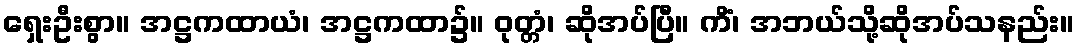
ရှေးဦးစွာ။ အဋ္ဌကထာယံ၊ အဋ္ဌကထာ၌။ ဝုတ္တံ၊ ဆိုအပ်ပြီ။ ကိံ၊ အဘယ်သို့ဆိုအပ်သနည်း။